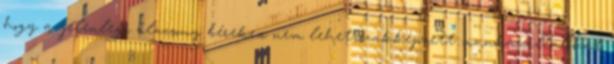
hogy a jelenlegi alacsony béreken nem lehet szakképzett munkavállalókat